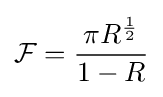
{\mathcal {F}}={\frac {\pi R^{\frac {1}{2}}}{1-R}}